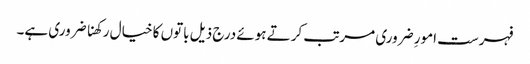
فہرست امورِ ضروری مرتب کرتے ہوئے درج ذیل باتوں کا خیال رکھنا ضروری ہے۔